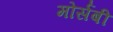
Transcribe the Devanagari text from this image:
मोर्सबी